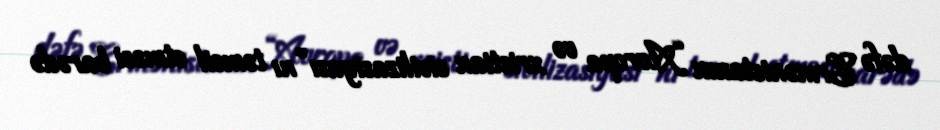
dəfə Ermənistanın “Avropa və xristian sivilizasiyası”nı təmsil etməsi barədə